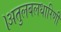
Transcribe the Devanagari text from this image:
।अतुलबलधारिणी